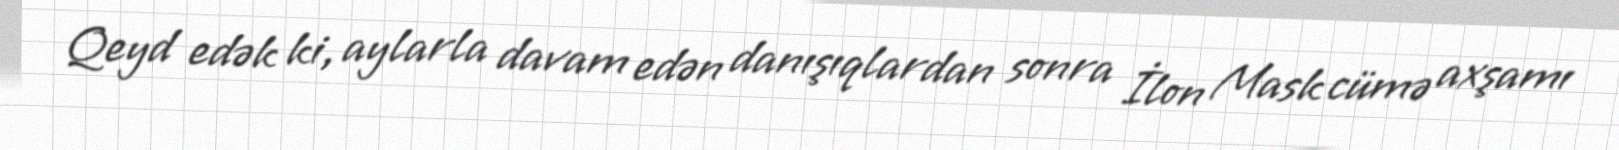
Qeyd edək ki, aylarla davam edən danışıqlardan sonra İlon Mask cümə axşamı